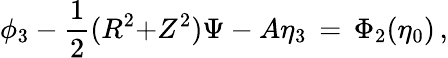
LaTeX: \phi_{3}-\frac 12(R^{2}{+}Z^{2})\Psi-A\eta_{3}\, =\, \Phi_{2}(\eta_{0})\, ,